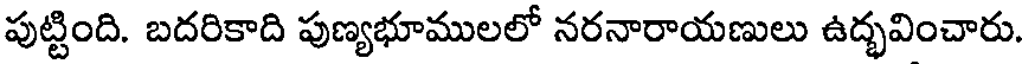
పుట్టింది. బదరికాది పుణ్యభూములలో నరనారాయణులు ఉద్భవించారు.